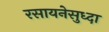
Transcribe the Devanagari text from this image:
रसायनेसुध्दा